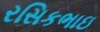
રસિકભાઇ